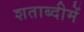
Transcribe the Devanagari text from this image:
शताब्‍दीमें